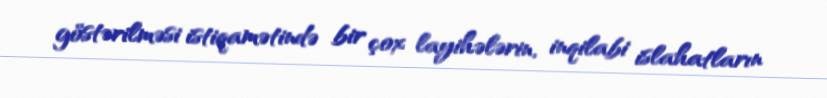
göstərilməsi istiqamətində bir çox layihələrin, inqilabi islahatların